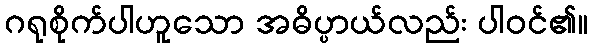
ဂရုစိုက်ပါဟူသော အဓိပ္ပာယ်လည်း ပါဝင်၏။